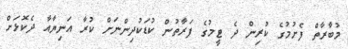
މުބާރާތް ފެށުމުގެ ކުރިން ދެ ޓީމުގެ ފަރާތުން ކުޑަކުދިންނަށް ކުރާ އަނިޔާއާ ދެކޮޅަށް